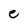
Character: e